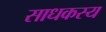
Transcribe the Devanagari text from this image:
साधकस्य